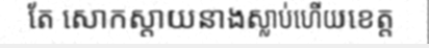
តែ សោកស្តាយនាងស្លាប់ហើយខេត្ត